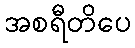
အစရီတိပေ